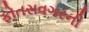
ફોતરાવગરની